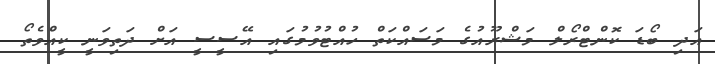
އަދި ބޯޑަ ކޮންޓްރޯލް މަޝްރޫއުގެ މަސައްކަތް ހުއްޓުވުމުގައި އޭސީސީ އަށް ދަތިވަނީ ކީއްވެތޯ